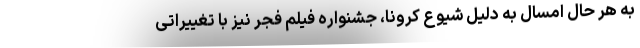
به هر حال امسال به دلیل شیوع کرونا، جشنواره فیلم فجر نیز با تغییراتی